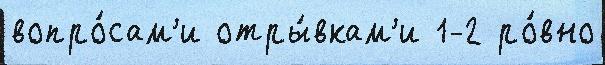
вопро́сам'и отры́вкам'и 1-2 ро́вно